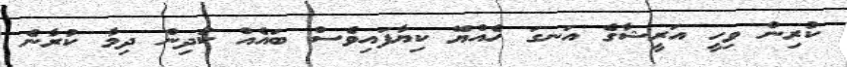
ކުރިން ވިހީ އަރީޝާގެ އަނގަ ހެއްޔޭ ކިޔާފައިވެސް ބައެއް ކުދިން ދިމާ ކުރާނެ